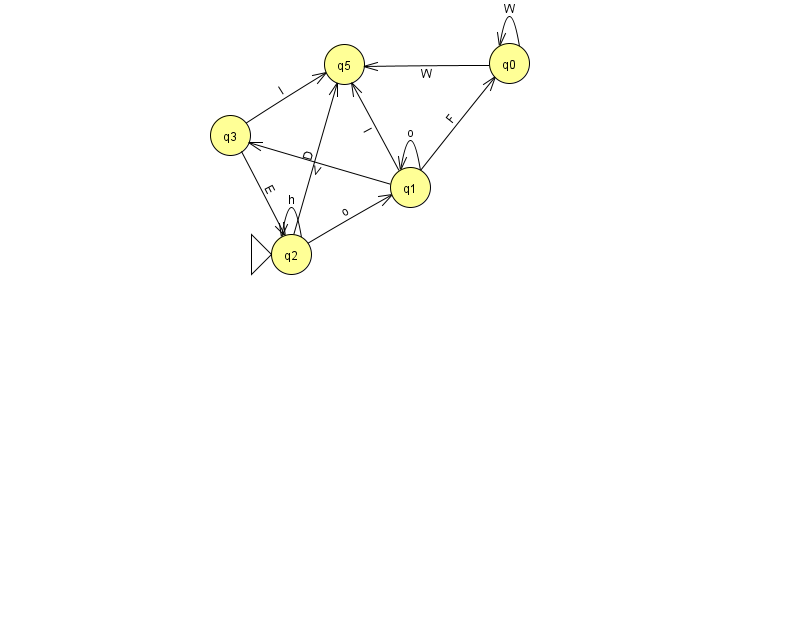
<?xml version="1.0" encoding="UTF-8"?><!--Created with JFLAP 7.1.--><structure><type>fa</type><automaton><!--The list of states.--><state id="0" name="q0"><x>509.0</x><y>50.0</y></state><state id="1" name="q1"><x>410.0</x><y>174.0</y></state><state id="2" name="q2"><x>291.0</x><y>241.0</y><initial/></state><state id="3" name="q3"><x>230.0</x><y>122.0</y></state><state id="5" name="q5"><x>344.0</x><y>51.0</y></state><!--The list of transitions.--><transition><from>2</from><to>5</to><read>D</read></transition><transition><from>0</from><to>0</to><read>W</read></transition><transition><from>3</from><to>5</to><read>l</read></transition><transition><from>1</from><to>5</to><read>I</read></transition><transition><from>2</from><to>2</to><read>h</read></transition><transition><from>0</from><to>5</to><read>W</read></transition><transition><from>1</from><to>0</to><read>F</read></transition><transition><from>1</from><to>3</to><read>V</read></transition><transition><from>2</from><to>1</to><read>o</read></transition><transition><from>3</from><to>2</to><read>E</read></transition><transition><from>1</from><to>1</to><read>o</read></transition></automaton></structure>